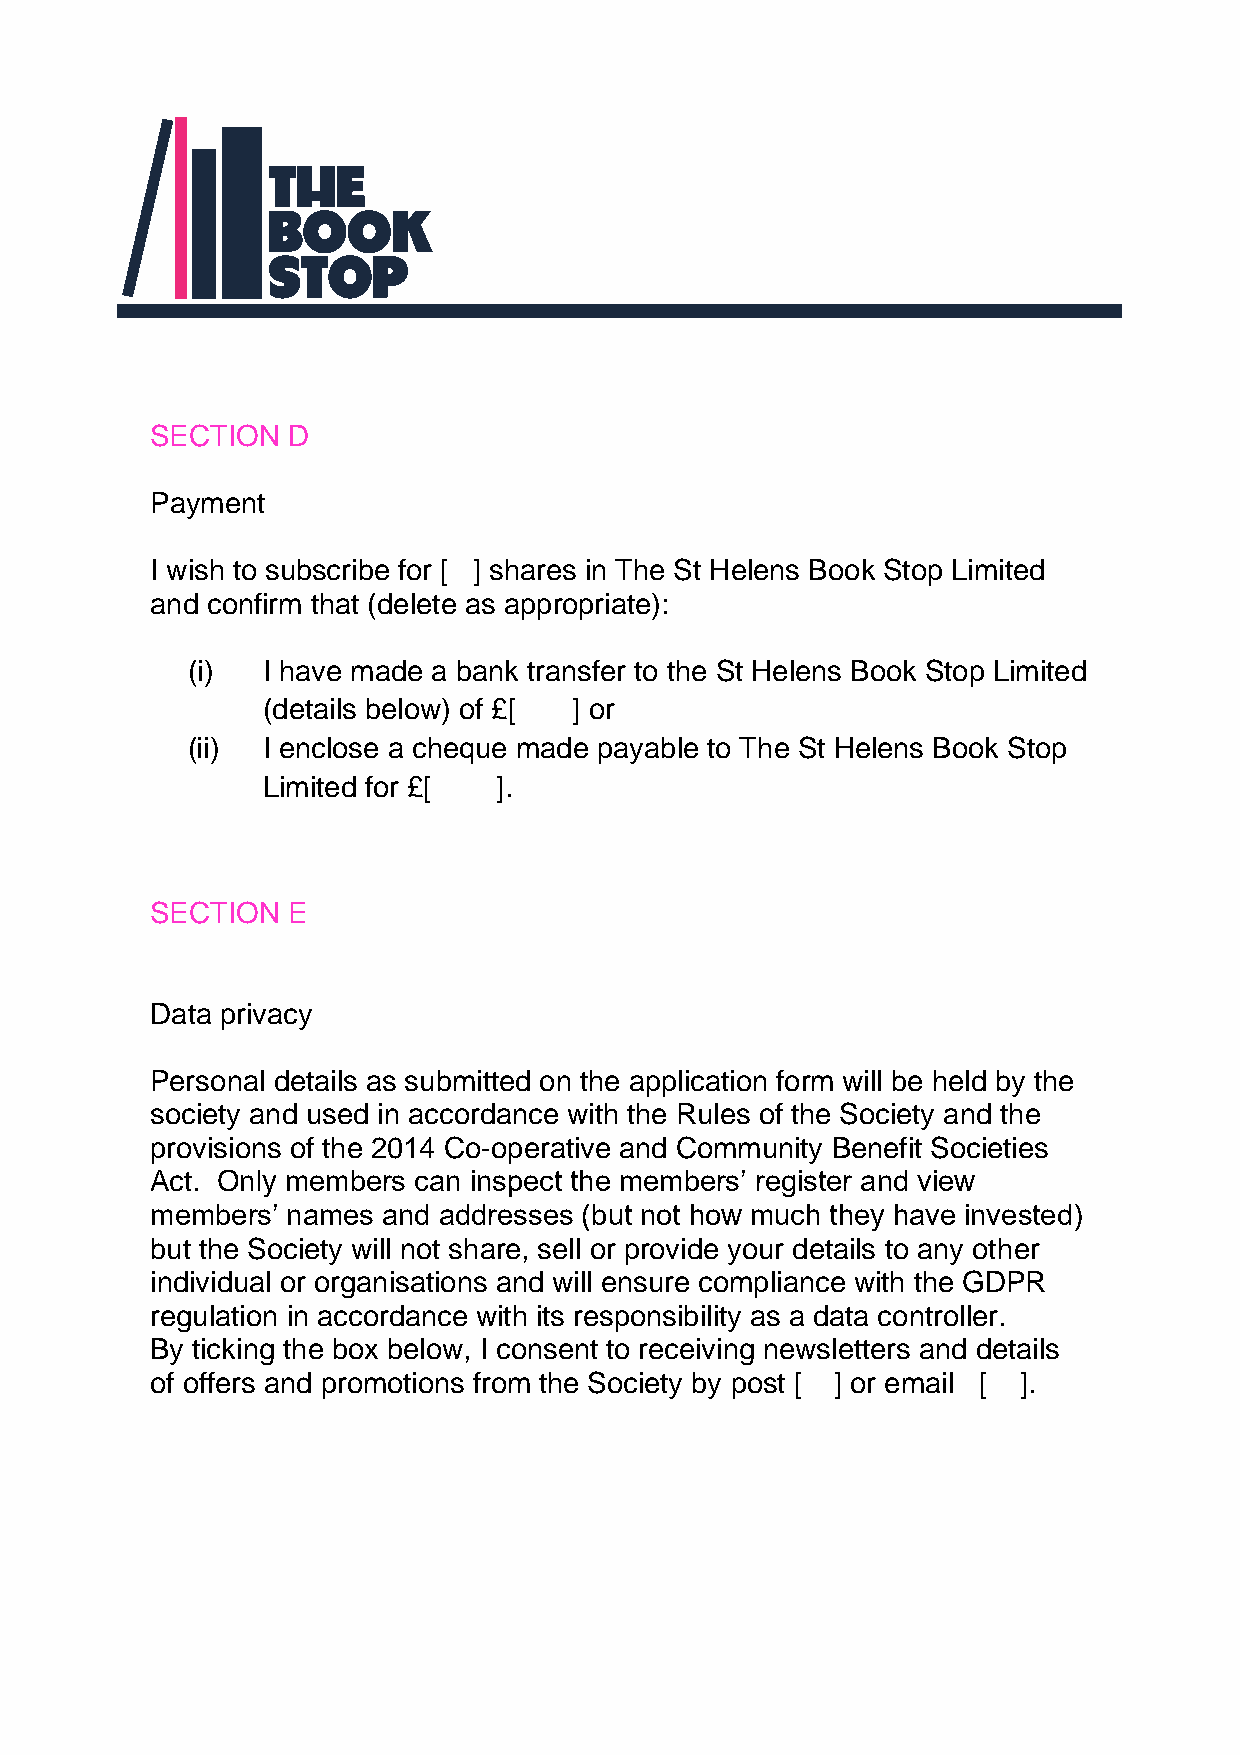
SECTION  D
 Payment
 I wish to subscribe for [ ] shares in The St Helens Book Stop Limited
 and confirm that (delete as appropriate):
 (i)  I have made a bank transfer to the St Helens Book Stop Limited
 (details below) of £[ ] or
 (ii) I enclose a cheque made payable to The St Helens Book Stop
 Limited for £[  ].
 SECTION  E
 Data privacy
 Personal details as submitted on the application form will be held by the
 society and used in accordance with the Rules of the Society and the
 provisions of the 2014 Co-operative and Community Benefit Societies
 Act. Only members can inspect the members’ register and view
 members’ names and addresses (but not how much they have invested)
 but the Society will not share, sell or provide your details to any other
 individual or organisations and will ensure compliance with the GDPR
 regulation in accordance with its responsibility as a data controller.
 By ticking the box below, I consent to receiving newsletters and details
 of offers and promotions from the Society by post [ ] or email [ ].